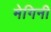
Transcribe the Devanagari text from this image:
मेगिनी